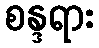
စန္ဒရား